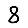
Digit: 8